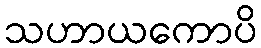
သဟာယကောပိ